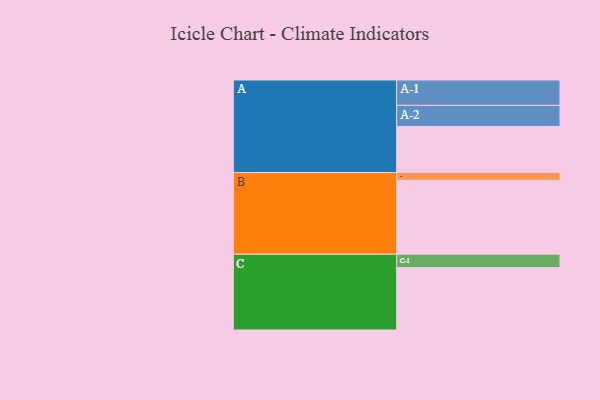
{"axis": {"x": "Segment", "y": "Value"}, "legend": ["", "A", "B", "C"], "data": [{"x": "A", "y": 363, "type": ""}, {"x": "B", "y": 583, "type": ""}, {"x": "C", "y": 492, "type": ""}, {"x": "A-1", "y": 200, "type": "A"}, {"x": "A-2", "y": 166, "type": "A"}, {"x": "B-1", "y": 61, "type": "B"}, {"x": "C-1", "y": 105, "type": "C"}]}